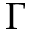
\Gamma